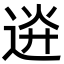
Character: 䢠